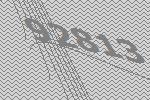
92813